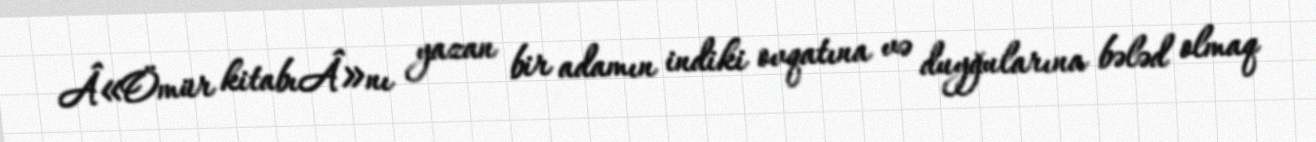
Â«Ömür kitabıÂ»nı yazan bir adamın indiki ovqatına və duyğularına bələd olmaq